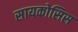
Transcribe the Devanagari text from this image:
सायकोसिस